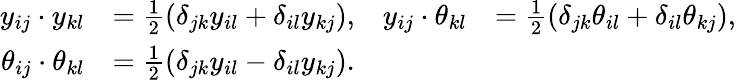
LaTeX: \begin{array}{rlrl}{y_{ij}\cdot y_{kl}}&{=\frac{1}{2}(\delta_{jk}y_{il}+\delta_{il}y_{kj}),}&{y_{ij}\cdot\theta_{kl}}&{=\frac{1}{2}(\delta_{jk}\theta_{il}+\delta_{il}\theta_{kj}),}\\ {\theta_{ij}\cdot\theta_{kl}}&{=\frac{1}{2}(\delta_{jk}y_{il}-\delta_{il}y_{kj}).}\end{array}